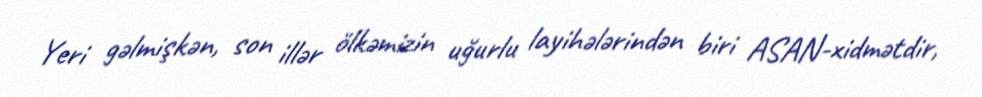
Yeri gəlmişkən, son illər ölkəmizin uğurlu layihələrindən biri ASAN-xidmətdir,